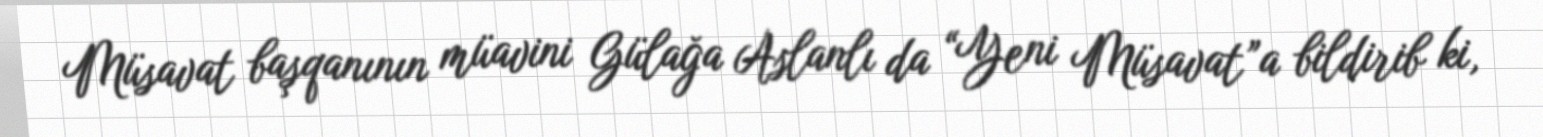
Müsavat başqanının müavini Gülağa Aslanlı da “Yeni Müsavat”a bildirib ki,